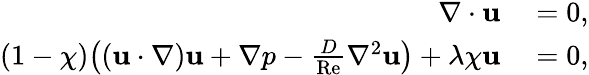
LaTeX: \begin{array}{rl}{\nabla\cdot\mathbf{u}}&{{}=0,}\\ {(1-\chi)\big((\mathbf{u}\cdot\nabla)\mathbf{u}+\nabla p-\frac{D}{\mathrm{Re}}\nabla^{2}\mathbf{u}\big)+\lambda\chi\mathbf{u}}&{{}=0,}\end{array}